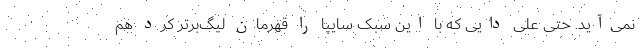
نمی‌آید. حتی علی دایی که با این سبک سایپا را قهرمان لیگ‌برتر کرد هم